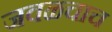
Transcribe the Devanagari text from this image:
जवळचाच